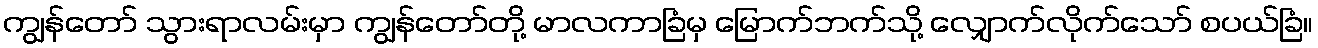
ကျွန်တော် သွားရာလမ်းမှာ ကျွန်တော်တို့ မာလကာခြံမှ မြောက်ဘက်သို့ လျှောက်လိုက်သော် စပယ်ခြံ။